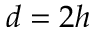
d = 2 h